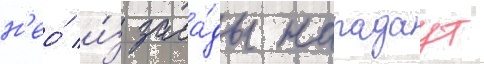
н'ео́ и́з заса́ды нападаут